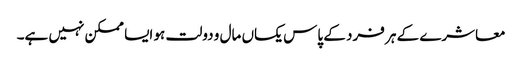
معاشرے کے ہر فرد کے پاس یکساں مال و دولت ہو ایسا ممکن نہیں ہے۔